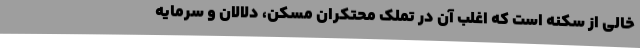
خالی از سکنه است که اغلب آن در تملک محتکران مسکن، دلالان و سرمایه